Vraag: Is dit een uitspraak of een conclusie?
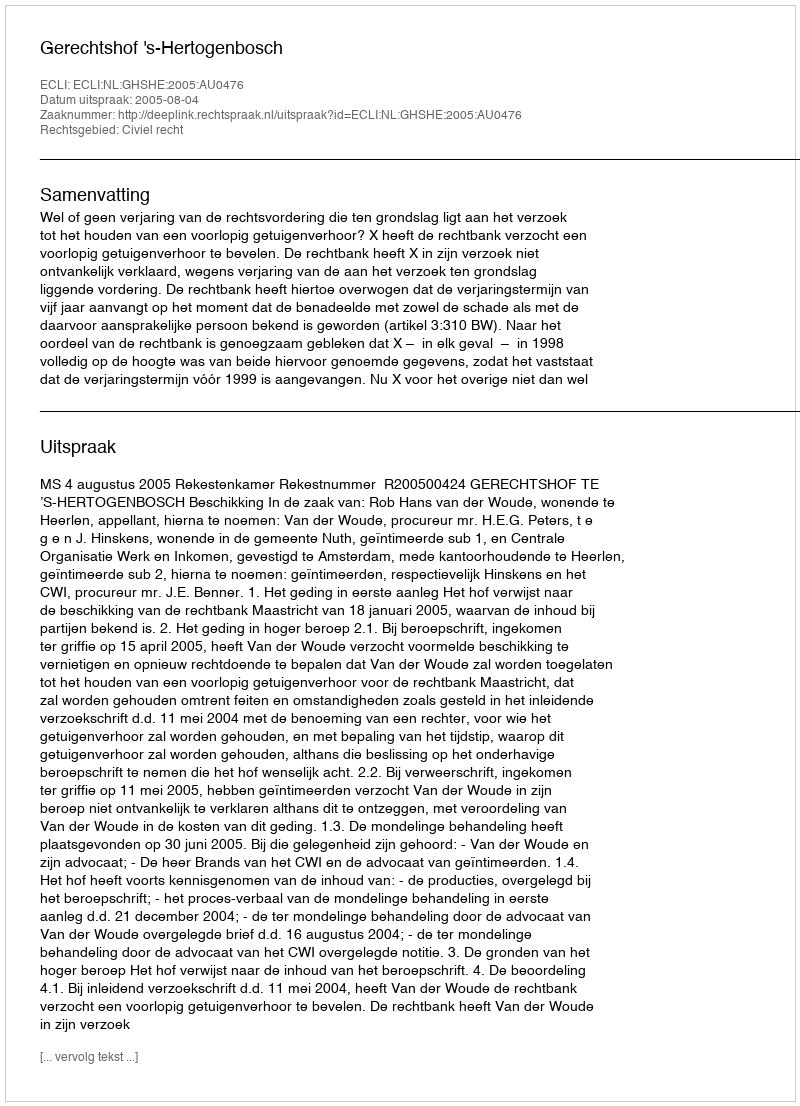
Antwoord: Uitspraak